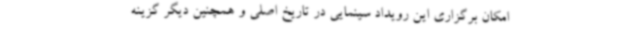
امکان برگزاری این رویداد سینمایی در تاریخ اصلی و همچنین دیگر گزینه